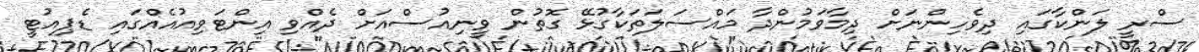
ސްރީ ލަންކާގައި ދިވެހިންނަށް ދިމާވަމުންދާ މައްސަލަތަކާގުޅޭ ގޮތުން ވީނިއުސްއަށް ދެއްވި އިންޓަވިއުއެއްގައި ޑެޕިއުޓީ